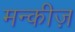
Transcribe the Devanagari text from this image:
मन्कीज़